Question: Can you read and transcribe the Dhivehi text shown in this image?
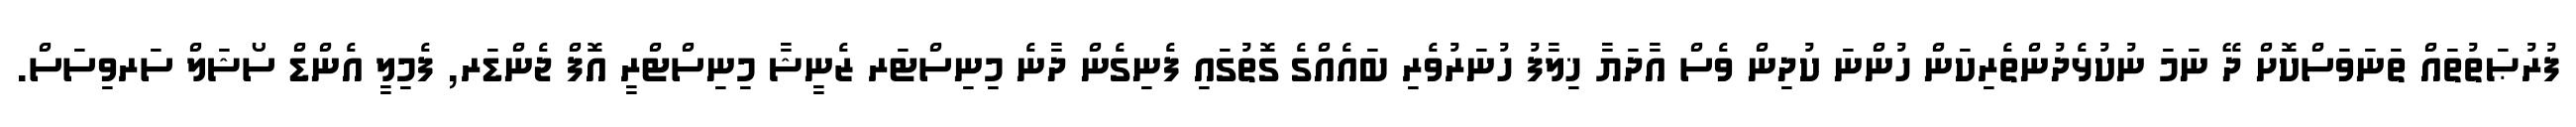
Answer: ފުރުޞަތުތައް ތަނަވަސްކޮށް ދޭ ނަމަ ނުކުޅެދުންތެރިކަން ހުންނަ ކުދިން ވެސް އާދަޔާ ޚިލާފު ހުނަރުވެރި ބައެއްގެ ގޮތުގައި ފެނިގެން ދާނެ މިނިސްޓަރ ޒެނީޝާ މިނިސްޓްރީ އޮފް ޖެންޑަރ, ފެމިލީ އެންޑް ސޯޝަލް ސަރވިސަސް.